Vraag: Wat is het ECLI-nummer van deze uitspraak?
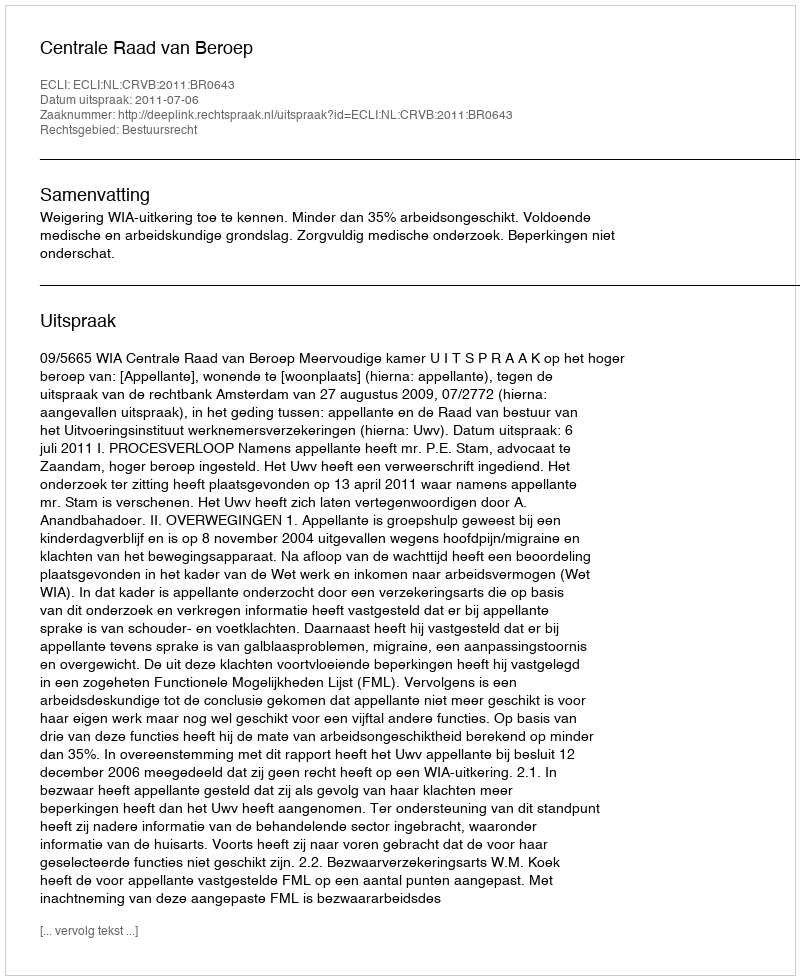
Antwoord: ECLI:NL:CRVB:2011:BR0643